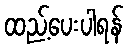
ထည့်ပေးပါရန်